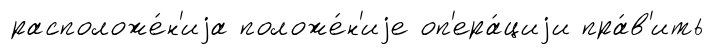
расположе́н'иjа положе́н'иjе оп'ера́циjи пра́в'ить